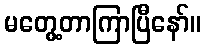
မတွေ့တာကြာပြီနော်။